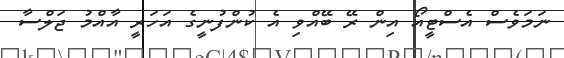
ނަމަވެސް އެސްޓީއޯ އިން ރޭ ބޭއްވި އެ ކުންފުނީގެ އަހަރީ އާއްމު ޖަލްސާ